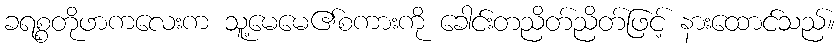
ခရစ္စတိုဖာကလေးက သူ့မေမေ၏စကားကို ခေါင်းတညိတ်ညိတ်ဖြင့် နားထောင်သည်။